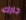
جارك